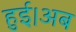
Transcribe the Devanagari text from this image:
हुई।अब